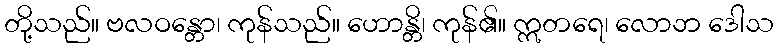
တို့သည်။ ဗလဝန္တော၊ ကုန်သည်။ ဟောန္တိ၊ ကုန်၏။ ဣတရေ၊ လောဘ ဒေါသ